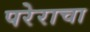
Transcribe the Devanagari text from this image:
परेराचा